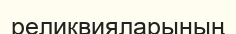
реликвияларының